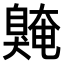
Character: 𫇌